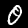
Label: 0